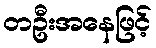
တဦးအနေဖြင့်